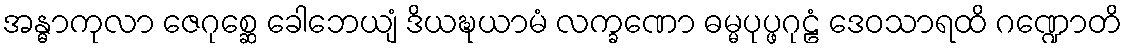
အန္ဓာကုလာ ဇေဂုစ္ဆေ ခေါဘေယျံ ဒိယဍ္ဎယာမံ လက္ခဏော ဓမ္မပုပ္ဖဂုဠံ ဒေဝသာရထိ ဂဏ္ဍောတိ